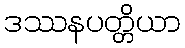
ဒဿနပတ္တိယာ